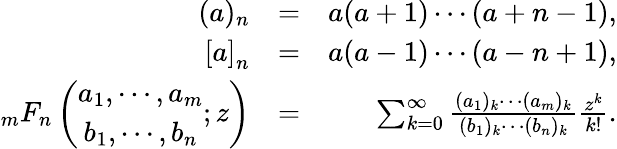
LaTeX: \begin{array}{rlr}{(a)_{n}}&{=}&{a(a+1)\cdots(a+n-1),}\\ {{[a]}_{n}}&{=}&{a(a-1)\cdots(a-n+1),}\\ {_{m}F_{n}\left(\begin{array}{cc}{a_{1},\cdots,a_{m}}\\ {b_{1},\cdots,b_{n}}\end{array};z\right)}&{=}&{\sum_{k=0}^{\infty}\frac{(a_{1})_{k}\cdots(a_{m})_{k}}{(b_{1})_{k}\cdots(b_{n})_{k}}\frac{z^{k}}{k!}.}\end{array}